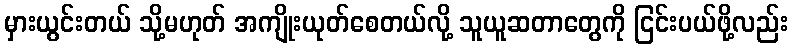
မှားယွင်းတယ် သို့မဟုတ် အကျိုးယုတ်စေတယ်လို့ သူယူဆတာတွေကို ငြင်းပယ်ဖို့လည်း